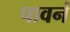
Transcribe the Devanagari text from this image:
पावनं